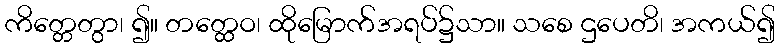
ကိတ္တေတွာ၊ ၍။ တတ္ထေဝ၊ ထိုမြောက်အရပ်၌သာ။ သစေ ဌပေတိ၊ အကယ်၍